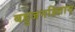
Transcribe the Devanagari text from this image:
बहुजनहिताय